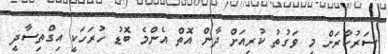
ސަރުކާރަށް މި ވަގުތު ކުރިއަށް ދާން އޮތް އެންމެ ބޮޑު ހުރަހަކީ އިގްތިސާދީ